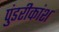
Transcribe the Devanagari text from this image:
पुंडरीकांश